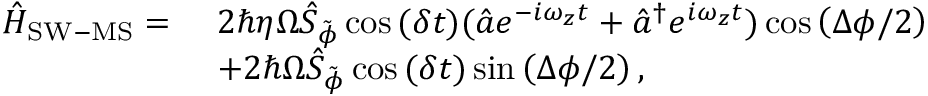
\begin{array} { r l } { \hat { H } _ { \mathrm { S W - M S } } = \ } & { 2 \hbar \eta \Omega \hat { S } _ { \tilde { \phi } } \cos { ( \delta t ) } ( \hat { a } e ^ { - i \omega _ { z } t } + \hat { a } ^ { \dagger } e ^ { i \omega _ { z } t } ) \cos { \left( \Delta \phi / 2 \right) } } \\ & { + 2 \hbar \Omega \hat { S } _ { \tilde { \phi } } \cos { ( \delta t ) } \sin { \left( \Delta \phi / 2 \right) , } } \end{array}